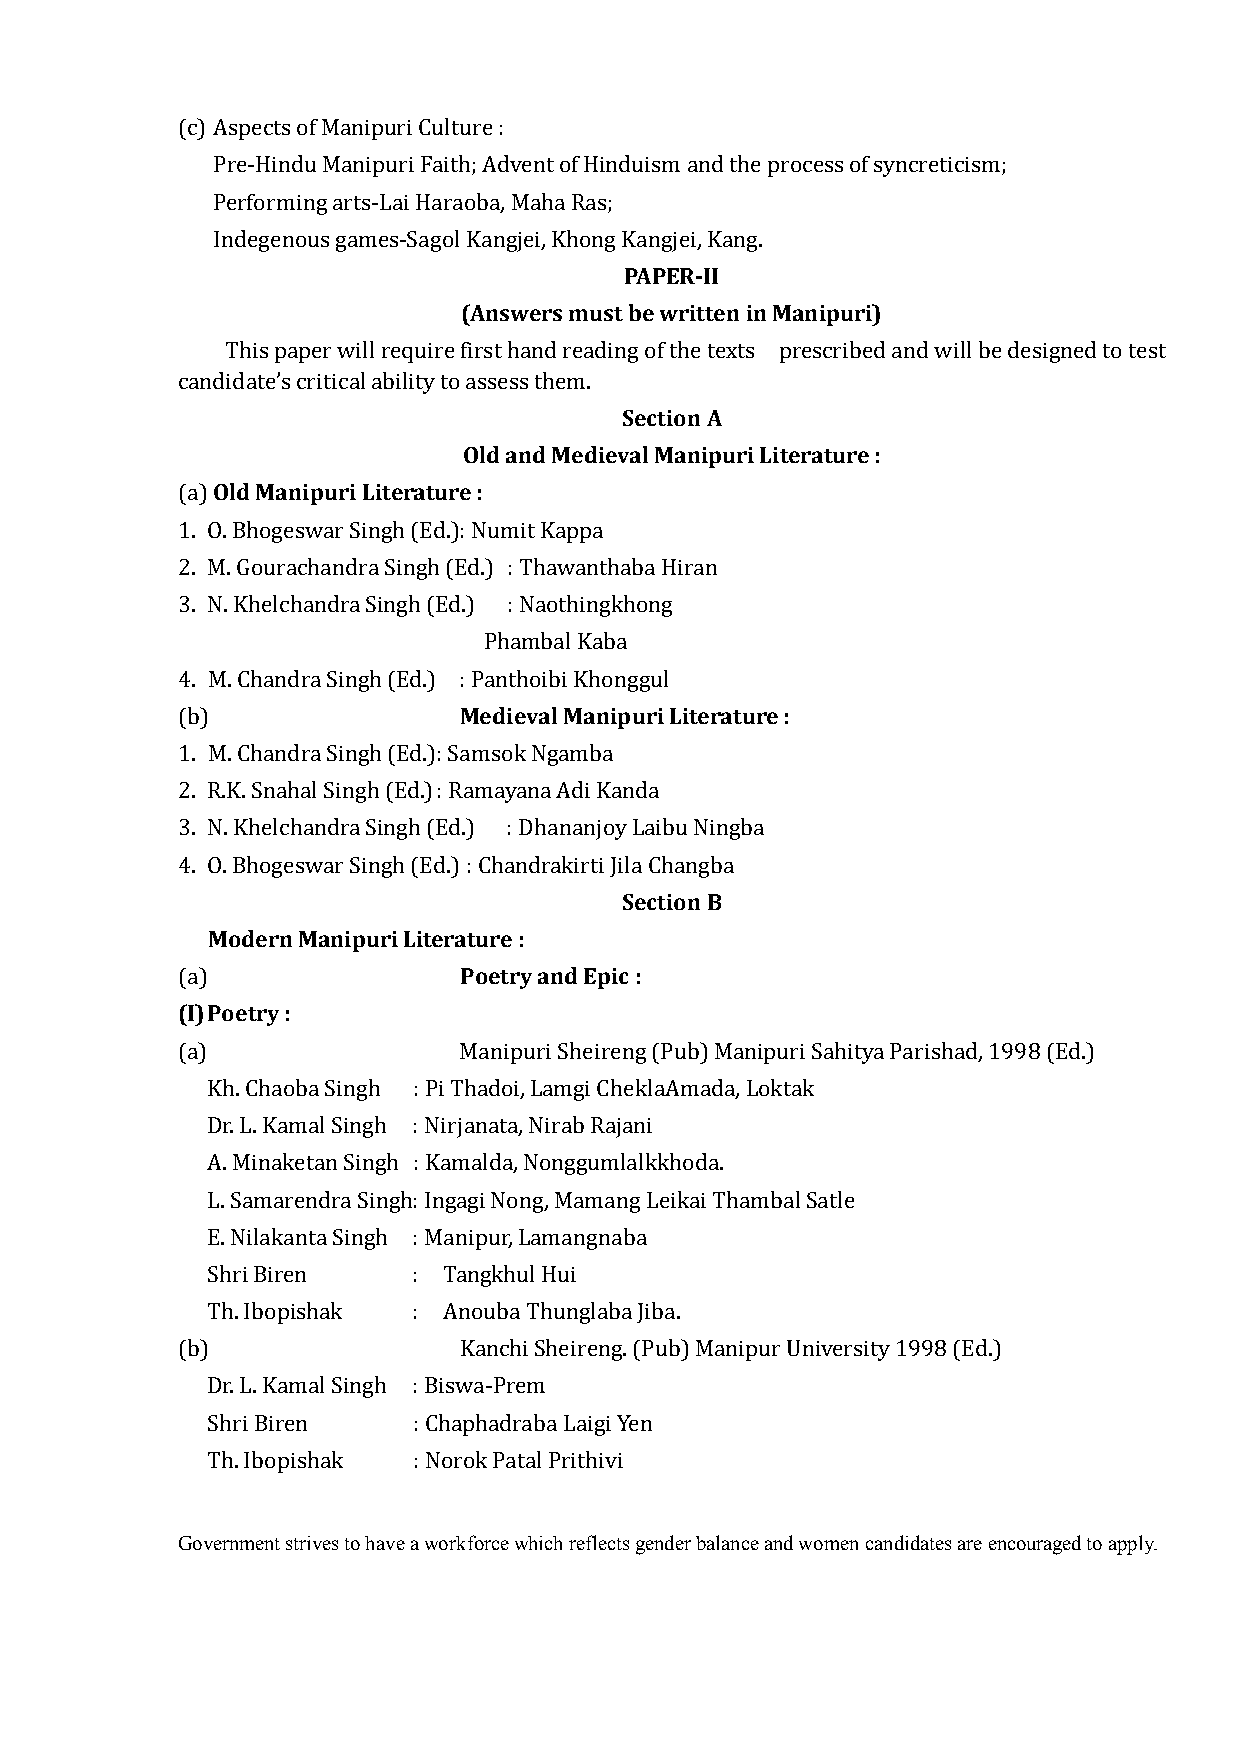
(c) Aspects of Manipuri Culture :
 Pre-Hindu Manipuri Faith; Advent of Hinduism and the process of syncreticism;
 Performing arts-Lai Haraoba, Maha Ras;
 PAPER-II
 Indegenous games-Sagol Kangjei, Khong Kangjei, Kang.
 (Answers must be written in Manipuri)
 This paper will require first hand reading of the texts prescribed and will be designed to test
 Section A
 candidate’s critical ability to assess them.
 Old and Medieval Manipuri Literature :
 Old Manipuri Literature :
 (a)
 1. O. Bhogeswar Singh (Ed.) : Numit Kappa
 2. M. Gourachandra Singh (Ed.) : Thawanthaba Hiran
 3. N. Khelchandra Singh (Ed.) : Naothingkhong
 Phambal Kaba
 Medieval Manipuri Literature :
 4. M. Chandra Singh (Ed.) : Panthoibi Khonggul
 (b)
 1. M. Chandra Singh (Ed.): Samsok Ngamba
 2. R.K. Snahal Singh (Ed.) : Ramayana Adi Kanda
 3. N. Khelchandra Singh (Ed.) : Dhananjoy Laibu Ningba
 Section B
 4. O. Bhogeswar Singh (Ed.) : Chandrakirti Jila Changba
 Modern Manipuri Literature :
 Poetry and Epic :
 (I) Poetry :
 (a)
 (a)               Manipuri Sheireng (Pub) Manipuri Sahitya Parishad, 1998 (Ed.)
 Kh. Chaoba Singh : Pi Thadoi, Lamgi CheklaAmada, Loktak
 Dr. L. Kamal Singh : Nirjanata, Nirab Rajani
 A. Minaketan Singh : Kamalda, Nonggumlalkkhoda.
 L. Samarendra Singh : Ingagi Nong, Mamang Leikai Thambal Satle
 E. Nilakanta Singh : Manipur, Lamangnaba
 Shri Biren   : Tangkhul Hui
 Th. Ibopishak : Anouba Thunglaba Jiba.
 (b)               Kanchi Sheireng. (Pub) Manipur University 1998 (Ed.)
 Dr. L. Kamal Singh : Biswa-Prem
 Shri Biren   : Chaphadraba Laigi Yen
 Th. Ibopishak : Norok Patal Prithivi
 Government strives to have a workforce which reflects gender balance and women candidates are encouraged to apply.